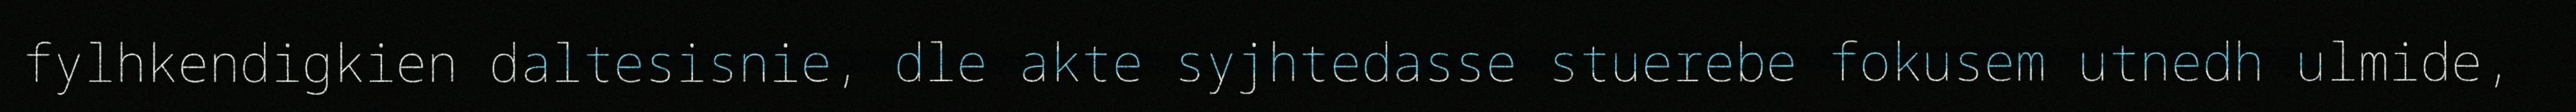
fylhkendigkien daltesisnie, dle akte syjhtedasse stuerebe fokusem utnedh ulmide,